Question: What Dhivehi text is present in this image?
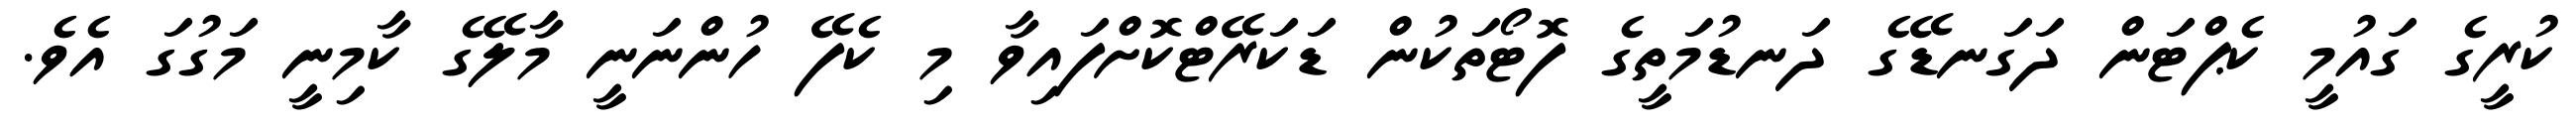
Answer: ކުރީގެ ގައުމީ ކެޕްޓަން ދަގަނޑޭގެ ދަނޑުމަތީގެ ފޮޓޯތަކުން ޑަކަރޭޓްކޮށްފައިވާ މި ކެފޭ ހުންނަނީ މާލޭގެ ކާމިނީ މަގުގަ އެވެ.